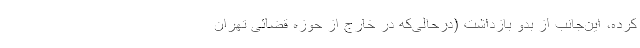
کرده، این‌جانب از بدو بازداشت (درحالی‌که در خارج از حوزه قضائی تهران